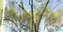
ઘટાડતો